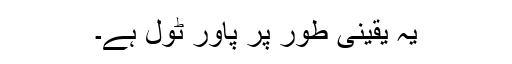
یہ یقینی طور پر پاور ٹول ہے۔